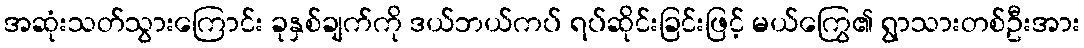
အဆုံးသတ်သွားကြောင်း ခုနှစ်ချက်ကို ဒယ်ဘယ်ကပ် ရပ်ဆိုင်းခြင်းဖြင့် မယ်ကြွေ၏ ရွာသားတစ်ဦးအား